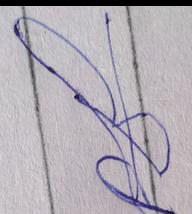
Signature authenticity: forged